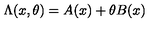
\Lambda ( x , \theta ) = A ( x ) + \theta B ( x )